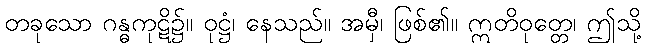
တခုသော ဂန္ဓကုဋိ၌။ ဝုဋ္ဌံ၊ နေသည်။ အမှီ၊ ဖြစ်၏။ ဣတိဝုတ္တေ၊ ဤသို့